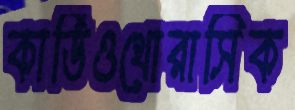
কার্ডিওথোরাসিক